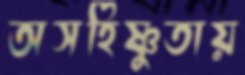
অসহিষ্ণুতায়